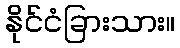
နိုင်ငံခြားသား။